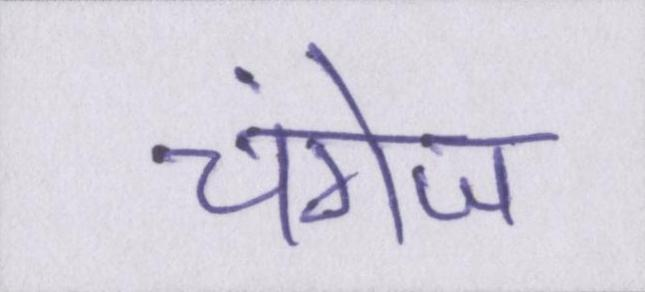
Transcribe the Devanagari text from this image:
चंगेज